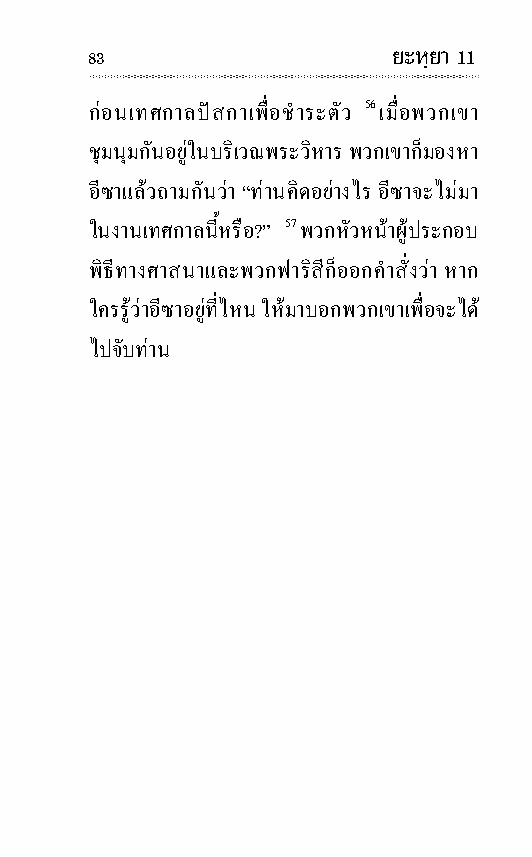
83                  ยะหฺยา 11
 กอนเทศ กาลปส กาเพื่อชําระตัว 56 เมื่อพวกเขา
 ชุม นุมกันอยูในบริเวณพระวิหาร พวกเขาก็มองหา
 อี ซาแลวถามกันวา “ทานคิดอยางไร อี ซาจะไมมา
 ในงานเทศ กาลนี้หรือ?” 57 พวกหัว หนาผู ประ กอบ
 พิ ธี ทาง ศา ส นาและพวกฟา ริสีก็ออกคํา สั่งวา หาก
 ใครรู วาอี ซาอยูที่ ไหน ใหมาบอกพวกเขาเพื่อจะได
 ไปจับทาน